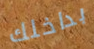
بداخلك